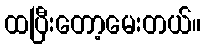
ထပြီးတော့မေးတယ်။